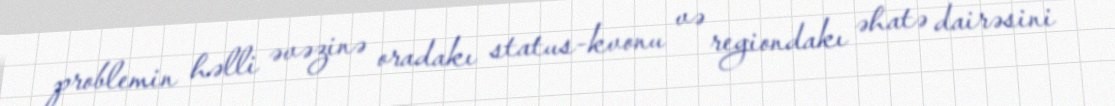
problemin həlli əvəzinə oradakı status-kvonu və regiondakı əhatə dairəsini